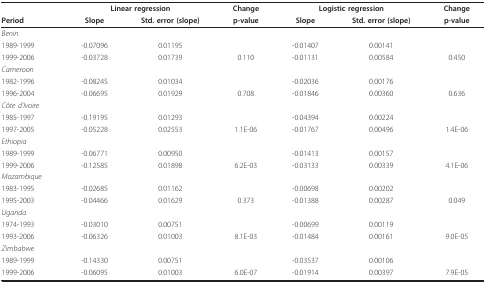
<table><thead><tr><td></td><td colspan="2"><b>Linear regression</b></td><td><b>Change</b></td><td colspan="2"><b>Logistic regression</b></td><td><b>Change</b></td></tr><tr><td><b>Period</b></td><td><b>Slope</b></td><td><b>Std. error (slope)</b></td><td><b>p-value</b></td><td><b>Slope</b></td><td><b>Std. error (slope)</b></td><td><b>p-value</b></td></tr></thead><tbody><tr><td colspan="3"><i>Benin</i></td><td></td><td></td><td></td><td></td></tr><tr><td>1989-1999</td><td>-0.07096</td><td>0.01195</td><td></td><td>-0.01407</td><td>0.00141</td><td></td></tr><tr><td>1999-2006</td><td>-0.03728</td><td>0.01739</td><td>0.110</td><td>-0.01131</td><td>0.00584</td><td>0.450</td></tr><tr><td colspan="3"><i>Cameroon</i></td><td></td><td></td><td></td><td></td></tr><tr><td>1982-1996</td><td>-0.08245</td><td>0.01034</td><td></td><td>-0.02036</td><td>0.00176</td><td></td></tr><tr><td>1996-2004</td><td>-0.06695</td><td>0.01929</td><td>0.708</td><td>-0.01846</td><td>0.00360</td><td>0.636</td></tr><tr><td colspan="3"><i>Côte d&#x27;Ivoire</i></td><td></td><td></td><td></td><td></td></tr><tr><td>1985-1997</td><td>-0.19195</td><td>0.01293</td><td></td><td>-0.04394</td><td>0.00224</td><td></td></tr><tr><td>1997-2005</td><td>-0.05228</td><td>0.02553</td><td>1.1E-06</td><td>-0.01767</td><td>0.00496</td><td>1.4E-06</td></tr><tr><td colspan="3"><i>Ethiopia</i></td><td></td><td></td><td></td><td></td></tr><tr><td>1989-1999</td><td>-0.06771</td><td>0.00950</td><td></td><td>-0.01413</td><td>0.00157</td><td></td></tr><tr><td>1999-2006</td><td>-0.12585</td><td>0.01898</td><td>6.2E-03</td><td>-0.03133</td><td>0.00339</td><td>4.1E-06</td></tr><tr><td colspan="3"><i>Mozambique</i></td><td></td><td></td><td></td><td></td></tr><tr><td>1983-1995</td><td>-0.02685</td><td>0.01162</td><td></td><td>-0.00698</td><td>0.00202</td><td></td></tr><tr><td>1995-2003</td><td>-0.04466</td><td>0.01629</td><td>0.373</td><td>-0.01388</td><td>0.00287</td><td>0.049</td></tr><tr><td colspan="3"><i>Uganda</i></td><td></td><td></td><td></td><td></td></tr><tr><td>1974-1993</td><td>-0.03010</td><td>0.00751</td><td></td><td>-0.00699</td><td>0.00119</td><td></td></tr><tr><td>1993-2006</td><td>-0.06326</td><td>0.01003</td><td>8.1E-03</td><td>-0.01484</td><td>0.00161</td><td>9.0E-05</td></tr><tr><td colspan="3"><i>Zimbabwe</i></td><td></td><td></td><td></td><td></td></tr><tr><td>1989-1999</td><td>-0.14330</td><td>0.00751</td><td></td><td>-0.03537</td><td>0.00106</td><td></td></tr><tr><td>1999-2006</td><td>-0.06095</td><td>0.01003</td><td>6.0E-07</td><td>-0.01914</td><td>0.00397</td><td>7.9E-05</td></tr></tbody></table>